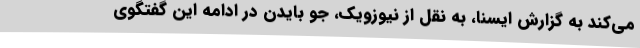
می‌کند به گزارش ایسنا، به نقل از نیوزویک، جو بایدن در ادامه این گفتگوی